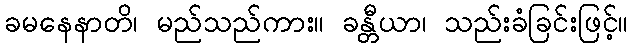
ခမနေနာတိ၊ မည်သည်ကား။ ခန္တီယာ၊ သည်းခံခြင်းဖြင့်။